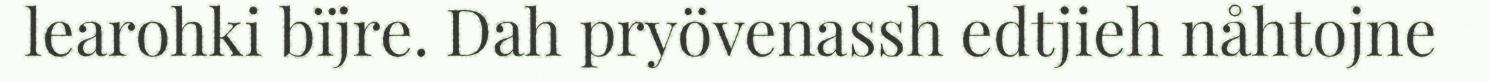
learohki bïjre. Dah pryövenassh edtjieh nåhtojne